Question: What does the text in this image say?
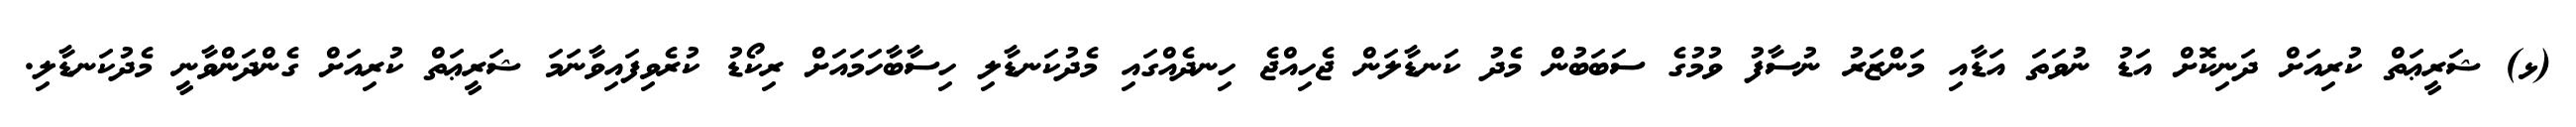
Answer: (ޅ) ޝަރީޢަތް ކުރިއަށް ދަނިކޮށް އަޑު ނުވަތަ އަޑާއި މަންޒަރު ނުސާފު ވުމުގެ ސަބަބުން މެދު ކަނޑާލަން ޖެހިއްޖެ ހިނދެއްގައި މެދުކަނޑާލި ހިސާބާހަމައަށް ރިކޯޑު ކުރެވިފައިވާނަމަ ޝަރީޢަތް ކުރިއަށް ގެންދަންވާނީ މެދުކަނޑާލި.